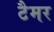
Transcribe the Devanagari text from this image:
टैमर